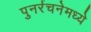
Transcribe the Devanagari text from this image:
पुनर्रचनेमध्ये